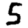
Digit: 5